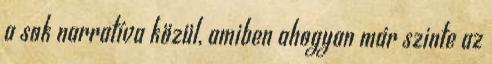
a sok narratíva közül, amiben ahogyan már szinte az